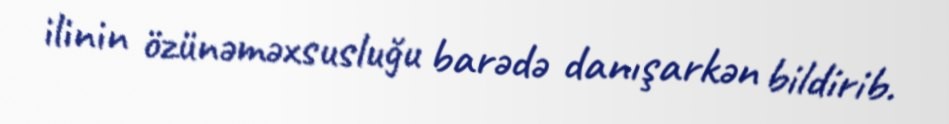
ilinin özünəməxsusluğu barədə danışarkən bildirib.